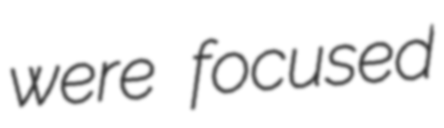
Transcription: were focused